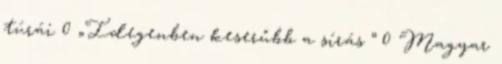
túrái 0 „Idegenben keserűbb a sírás ” 0 Magyar